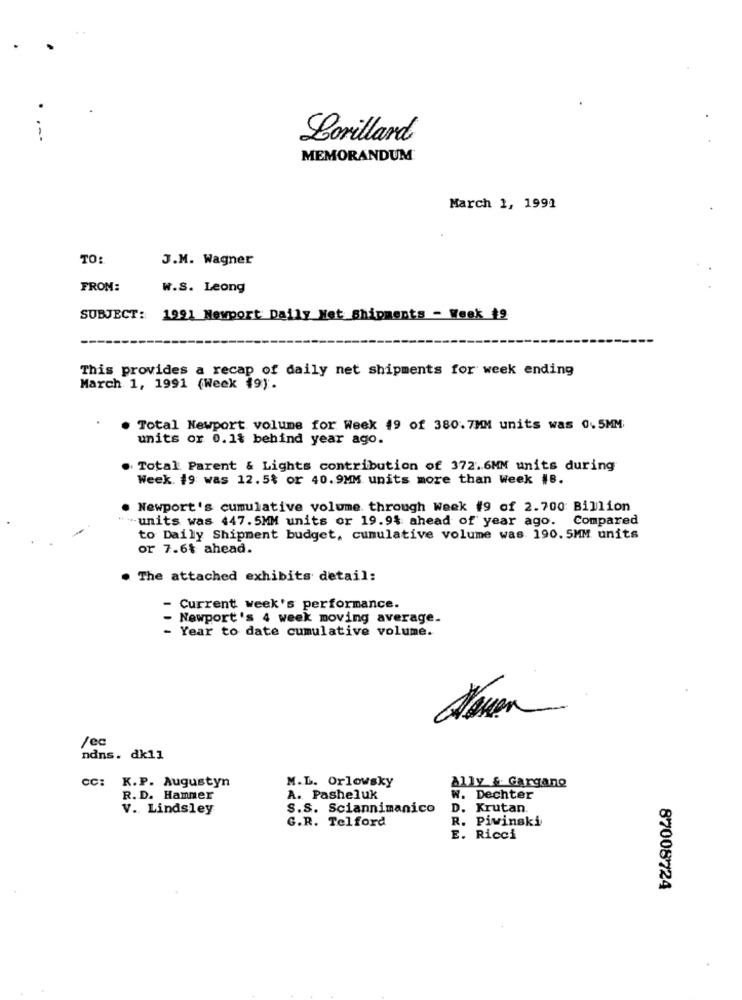
Lorillard
MEMORANDUM
March 1, 1991
TO:
J.M. Wagner
FROM:
W.S. Leong
SUBJECT: 1991 Newport Daily Net Shipments - Week $2
This provides a recap of daily net shipments for week ending
March 1, 1991 (Week 49).
. Total Newport volume for Week 49 of 380.7MM units was 0.5MM;
units or 0.1% behind year ago.
Total Parent & Lights contribution of 372.6MM units during
Week. 19 was 12.5% or 40.9MM units more than Week #8.
. Newport's cumulative volume through Week #9 of 2.700 Billion
units was 447.5MM units or 19.9% ahead of year ago.
Compared
to Daily Shipment budget, cumulative volume was 190. 5MM units
or 7.6$ ahead.
. The attached exhibits detail:
- Current week's performance.
Newport's 4 week moving average.
- Year to date cumulative volume.
/ec
ndns. dk11
CC: K.P. Augustyn
M.L. Orlowsky
Ally & Gargano
R. D. Hammer
A. Pasheluk
w. Dechter
V. Lindsley
S.S. Sciannimanico
D. Krutan.
G.R. Telford
R. Piwinski
E. Ricci
87008724